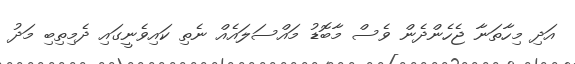
އަދި މިހާތަނާ ޖެހެންދެން ވެސް މާބޮޑު މައްސަލައެއް ނެތި ކައިވެނީގައި ދެމިތިބި މަދު